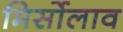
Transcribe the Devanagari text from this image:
मिर्सोलाव